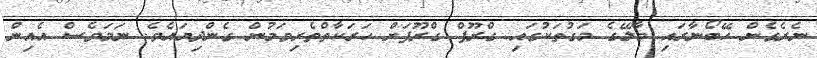
ނެރެގެން ހޭބޯނާރައި މާލޭގެ މަގުތަކުގައި ގްރޫޕް ގްރޫޕަށް ހަރަކާތްތެރިވަމުން ގެންދިޔައެވެ. ނަމަވެސް އެއިން